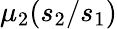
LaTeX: \mu_{2}(s_{2}/s_{1})